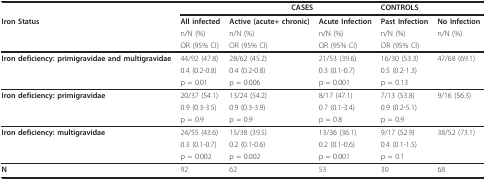
<table><thead><tr><td></td><td></td><td colspan="2"><b>CASES</b></td><td><b>CONTROLS</b></td><td></td></tr><tr><td><b>Iron Status</b></td><td><b>All infected</b></td><td><b>Active (acute+ chronic)</b></td><td><b>Acute Infection</b></td><td><b>Past Infection</b></td><td><b>No Infection</b></td></tr><tr><td></td><td><b>n/N (%)</b></td><td><b>n/N (%)</b></td><td><b>n/N (%)</b></td><td><b>n/N (%)</b></td><td><b>n/N (%)</b></td></tr><tr><td></td><td><b>OR (95% CI)</b></td><td><b>OR (95% CI)</b></td><td><b>OR (95% CI)</b></td><td><b>OR (95% CI)</b></td><td></td></tr></thead><tbody><tr><td><b>Iron deficiency: primigravidae and multigravidae</b></td><td>44/92 (47.8)</td><td>28/62 (45.2)</td><td>21/53 (39.6)</td><td>16/30 (53.3)</td><td>47/68 (69.1)</td></tr><tr><td></td><td>0.4 (0.2-0.8)</td><td>0.4 (0.2-0.8)</td><td>0.3 (0.1-0.7)</td><td>0.5 (0.2-1.3)</td><td></td></tr><tr><td></td><td>p = 0.01</td><td>p = 0.006</td><td>p = 0.001</td><td>p = 0.13</td><td></td></tr><tr><td><b>Iron deficiency: primigravidae</b></td><td>20/37 (54.1)</td><td>13/24 (54.2)</td><td>8/17 (47.1)</td><td>7/13 (53.8)</td><td>9/16 (56.3)</td></tr><tr><td></td><td>0.9 (0.3-3.5)</td><td>0.9 (0.3-3.9)</td><td>0.7 (0.1-3.4)</td><td>0.9 (0.2-5.1)</td><td></td></tr><tr><td></td><td>p = 0.9</td><td>p = 0.9</td><td>p = 0.8</td><td>p = 0.9</td><td></td></tr><tr><td><b>Iron deficiency: multigravidae</b></td><td>24/55 (43.6)</td><td>15/38 (39.5)</td><td>13/36 (36.1)</td><td>9/17 (52.9)</td><td>38/52 (73.1)</td></tr><tr><td></td><td>0.3 (0.1-0.7)</td><td>0.2 (0.1-0.6)</td><td>0.2 (0.1-0.6)</td><td>0.4 (0.1-1.5)</td><td></td></tr><tr><td></td><td>p = 0.002</td><td>p = 0.002</td><td>p = 0.001</td><td>p = 0.1</td><td></td></tr><tr><td><b>N</b></td><td>92</td><td>62</td><td>53</td><td>30</td><td>68</td></tr></tbody></table>